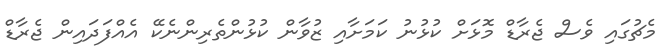
މެޗުގައި ވެސް ޖެރާޑް މޮޅަށް ކުޅުނު ކަމަށާއި ޒުވާން ކުޅުންތެރިންނެކޭ އެއްފަދައިން ޖެރާޑް